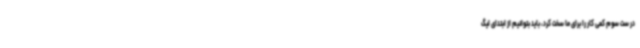
در ست سوم کمی کار را برای ما سخت کرد، باید بتوانیم از ابتدای لیگ